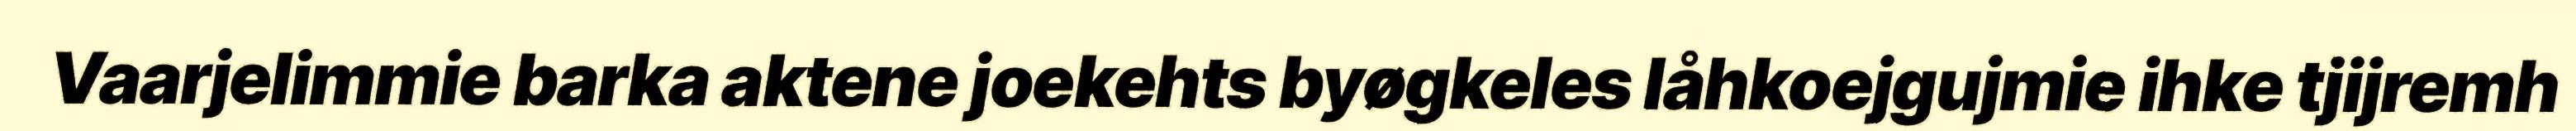
Vaarjelimmie barka aktene joekehts byøgkeles låhkoejgujmie ihke tjijremh